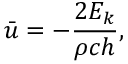
{ \bar { u } } = - { \frac { 2 E _ { k } } { \rho c h } } ,